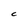
Character: C